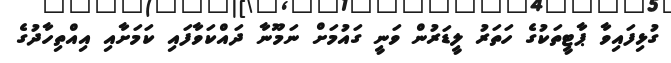
ގުޅިފައިވާ ޕާޓީތަކުގެ ހަތަރު ލީޑަރުން ވަނީ ގައުމަށް ނަމޫނާ ދައްކަވާފައި ކަމަށާއި އިއްތިހާދުގެ